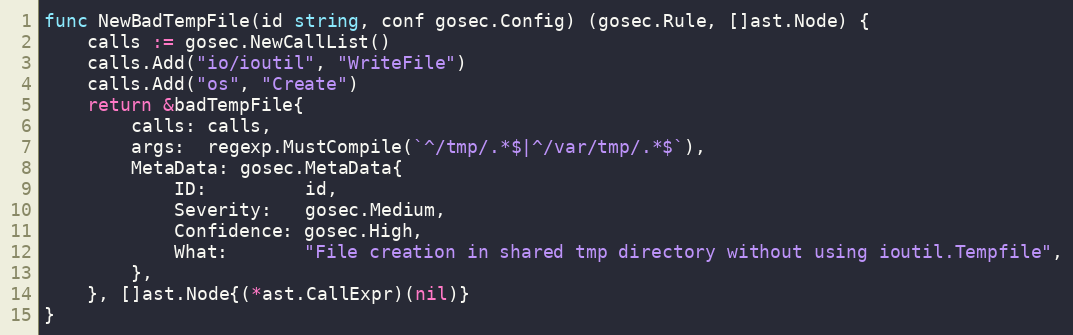
Language: Go
func NewBadTempFile(id string, conf gosec.Config) (gosec.Rule, []ast.Node) {
	calls := gosec.NewCallList()
	calls.Add("io/ioutil", "WriteFile")
	calls.Add("os", "Create")
	return &badTempFile{
		calls: calls,
		args:  regexp.MustCompile(`^/tmp/.*$|^/var/tmp/.*$`),
		MetaData: gosec.MetaData{
			ID:         id,
			Severity:   gosec.Medium,
			Confidence: gosec.High,
			What:       "File creation in shared tmp directory without using ioutil.Tempfile",
		},
	}, []ast.Node{(*ast.CallExpr)(nil)}
}